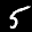
Label: 5